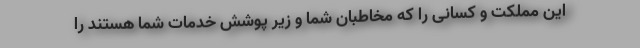
این مملکت و کسانی را که مخاطبان شما و زیر پوشش خدمات شما هستند را